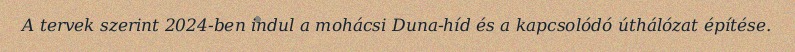
A tervek szerint 2024-ben indul a mohácsi Duna-híd és a kapcsolódó úthálózat építése.